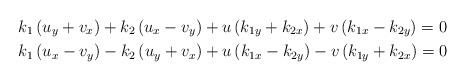
LaTeX: \begin{align*} & {{k}_{1}}\left( {{u}_{y}}+{{v}_{x}} \right)+{{k}_{2}}\left( {{u}_{x}}-{{v}_{y}} \right)+u\left( {{k}_{1y}}+{{k}_{2x}} \right)+v\left( {{k}_{1x}}-{{k}_{2y}} \right)=0 \\ & {{k}_{1}}\left( {{u}_{x}}-{{v}_{y}} \right)-{{k}_{2}}\left( {{u}_{y}}+{{v}_{x}} \right)+u\left( {{k}_{1x}}-{{k}_{2y}} \right)-v\left( {{k}_{1y}}+{{k}_{2x}} \right)=0 \end{align*}